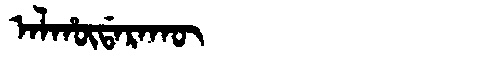
Manchu: ᠠᠯᡥᡡᡩᠠᡵᠠᡴᡡ
Romanization: ALHŪDARAKŪ